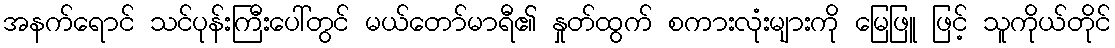
အနက်ရောင် သင်ပုန်းကြီးပေါ်တွင် မယ်တော်မာရီ၏ နှုတ်ထွက် စကားလုံးများကို မြေဖြူ ဖြင့် သူကိုယ်တိုင်